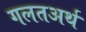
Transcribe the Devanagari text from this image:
गलतअर्थ